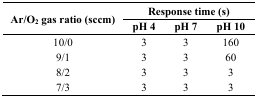
<table><thead><tr><td rowspan="2"><b>Ar/O<sub>2</sub> gas ratio (sccm)</b></td><td colspan="3"><b>Response time (s)</b></td></tr><tr><td><b>pH 4</b></td><td><b>pH 7</b></td><td><b>pH 10</b></td></tr></thead><tbody><tr><td>10/0</td><td>3</td><td>3</td><td>160</td></tr><tr><td>9/1</td><td>3</td><td>3</td><td>60</td></tr><tr><td>8/2</td><td>3</td><td>3</td><td>3</td></tr><tr><td>7/3</td><td>3</td><td>3</td><td>3</td></tr></tbody></table>